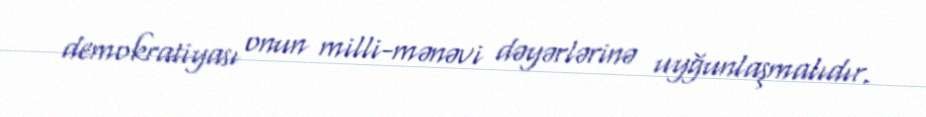
demokratiyası onun milli-mənəvi dəyərlərinə uyğunlaşmalıdır.